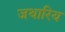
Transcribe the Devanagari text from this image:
जथारिय